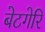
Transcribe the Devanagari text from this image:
बेटगेरि